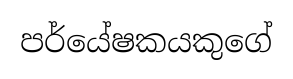
පර්යේෂකයකුගේ